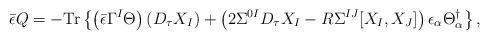
LaTeX: \begin{align*}{\bar \epsilon}Q =-{\rm Tr}\left\{\left({\bar \epsilon}\Gamma^I \Theta\right) \left(D_\tau X_I\right)+\left(2\Sigma^{0I}D_\tau X_I -R\Sigma^{IJ} [X_I,X_J]\right)\epsilon_{\alpha}\Theta_\alpha^{\dag}\right\} ,\end{align*}